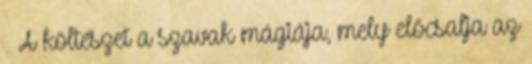
→ A költészet a szavak mágiája, mely előcsalja az